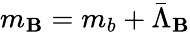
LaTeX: m_{\mathbf{B}}=m_{b}+\bar{{\Lambda}}_{\mathbf{B}}